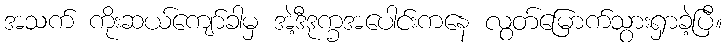
အသက် ကိုးဆယ်ကျော်ခါမှ အဲ့ဒီဒုက္ခအပေါင်းကနေ လွတ်မြောက်သွားရှာခဲ့ပြီ။